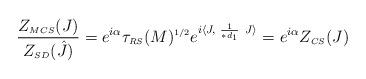
LaTeX: \begin{align*}\frac{Z_{\scriptscriptstyle MCS} (J)}{Z_{\scriptscriptstyle SD} (\hat{J})} =e^{i \alpha}\tau_{\scriptscriptstyle RS}(M)^{\scriptscriptstyle 1/2}e^{i \langle J, \hskip 3pt \frac{1}{\ast d_{\scriptscriptstyle 1}} \hskip4pt J \rangle} =e^{i \alpha} Z_{\scriptscriptstyle CS} (J)\end{align*}